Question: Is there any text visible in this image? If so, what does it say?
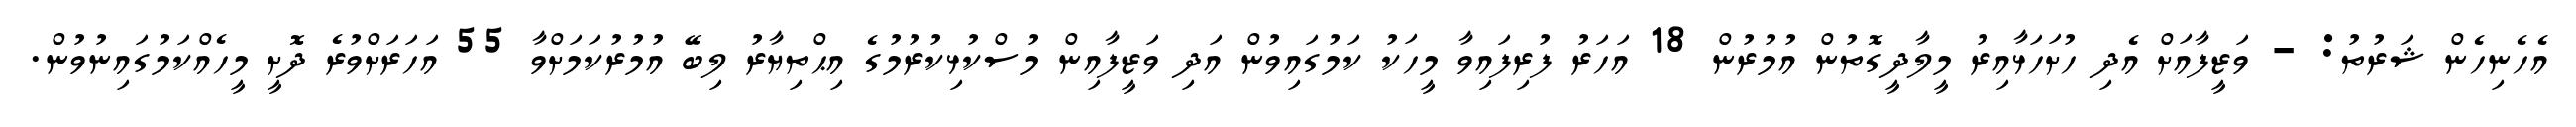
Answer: އެހެނިހެން ޝަރުތު: - ވަޒީފާއަށް އެދި ހުށަހަޅާއިރު މީލާދީގޮތުން އުމުރުން 18 އަހަރު ފުރިފައިވާ މީހަކު ކަމުގައިވުން އަދި ވަޒީފާއިން މުސްކުޅިކުރުމުގެ އިޙްތިޔާރު ލިބޭ އުމުރުކަމަށްވާ 55 އަހަރަށްވުރެ ދޮށީ މީހެއްކަމުގައިނުވުން.